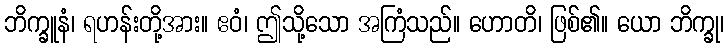
ဘိက္ခူနံ၊ ရဟန်းတို့အား။ ဧဝံ၊ ဤသို့သော အကြံသည်။ ဟောတိ၊ ဖြစ်၏။ ယော ဘိက္ခု၊